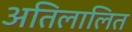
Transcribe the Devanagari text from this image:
अतिलालित